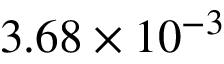
3 . 6 8 \times 1 0 ^ { - 3 }